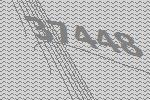
37448